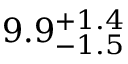
9 . 9 _ { - 1 . 5 } ^ { + 1 . 4 }